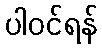
ပါဝင်ရန်